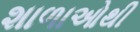
શાળાઓથી